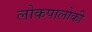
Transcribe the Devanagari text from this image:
लोकपालोकी